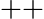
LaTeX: \mathrel{+{+}}